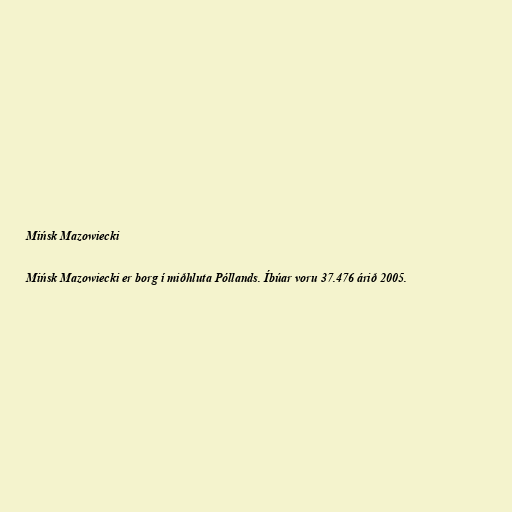
Mińsk Mazowiecki

Mińsk Mazowiecki er borg í miðhluta Póllands. Íbúar voru 37.476 árið 2005.